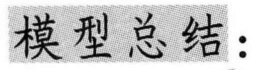
模型总结：